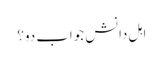
اہل دانش جواب دو؟